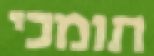
תומכי